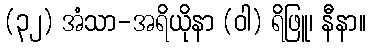
(၃၂) အံသာ-အရိယိုနာ (ဝါ) ရိဖြူ၊ နီနာ။